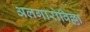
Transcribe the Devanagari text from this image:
अलगारोविल्ला